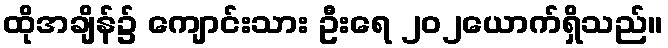
ထိုအချိန်၌ ကျောင်းသား ဦးရေ ၂၀၂ယောက်ရှိသည်။